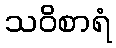
သဝိစာရံ